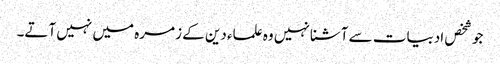
جو شخص ادبیات سے آشنا نہیں وہ علماء دین کے زمرہ میں نہیں آتے۔